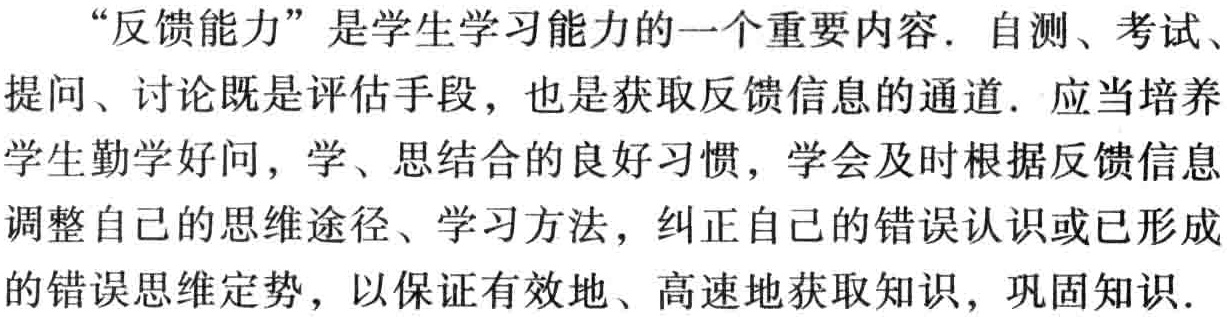
“反馈能力”是学生学习能力的一个重要内容. 自测、考试、提问、讨论既是评估手段，也是获取反馈信息的通道. 应当培养学生勤学好问，学、思结合的良好习惯，学会及时根据反馈信息调整自己的思维途径、学习方法，纠正自己的错误认识或已形成的错误思维定势，以保证有效地、高速地获取知识，巩固知识.